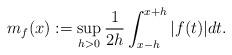
LaTeX: \begin{align*}m_f(x):=\sup_{h>0}\frac{1}{2h}\int_{x-h}^{x+h}\vert f(t)\vert dt.\end{align*}